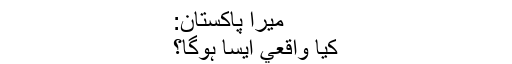
میرا پاکستان:
کيا واقعي ايسا ہوگا؟